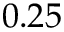
0 . 2 5